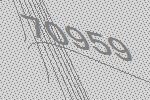
70959